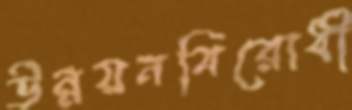
উন্নয়নবিরোধী